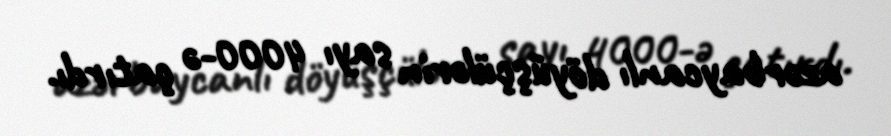
azərbaycanlı döyüşçülərin sayı 4000-ə çatırdı.